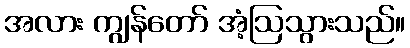
အလား ကျွန်တော် အံ့ဩသွားသည်။